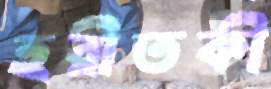
হরীতকী